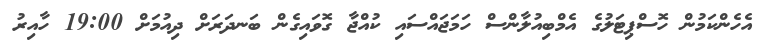
އެހެންކަމުން ހޮސްޕިޓަލުގެ އެމްބިއުލާންސް ހަމަޖައްސައި ކުއްޖާ ގޮވައިގެން ބަނދަރަށް ދިއުމަށް 19:00 ހާއިރު